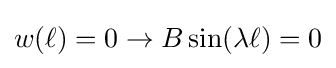
w(\ell )=0\rightarrow B\sin(\lambda \ell )=0